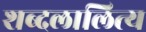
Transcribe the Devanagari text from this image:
शब्दलालित्य